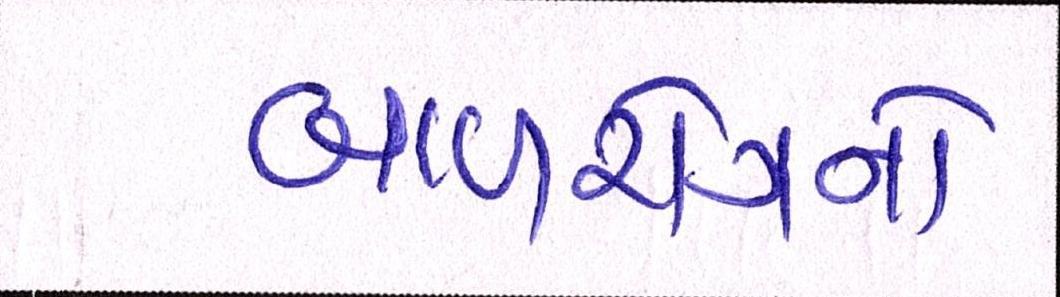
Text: બાળરોગનો